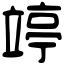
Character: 𥪜